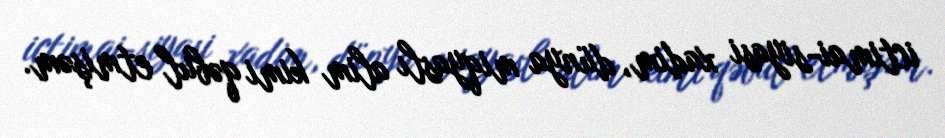
ictimai-siyasi xadim, dünya miqyaslı alim kimi qəbul etmişəm.